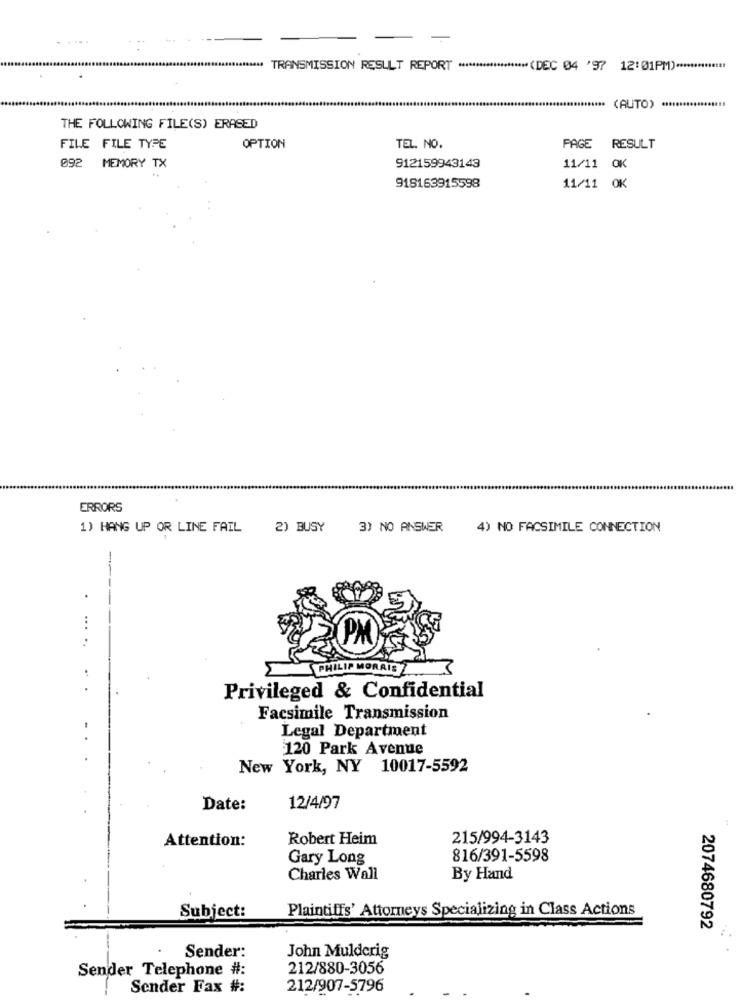
.....
. ..
TRANSMISSION RESULT REPORT ******************** (DEC 04 '97 12:01PM) ****
(AUTO)
THE FOLLOWING FILE(S) ERASED
FILE FILE TYPE
OPTION
TEL. NO.
PAGE
RESULT
092
MEMORY TX
912159943143
11/11 OK
918163915598
11/11 OK
ERRORS
1) HANG UP OR LINE FAIL
2) BUSY
3) NO ANSWER
4) NO FACSIMILE CONNECTION
-
.
... ..
PHILIP MORRIS
Privileged & Confidential
Facsimile Transmission
Legal Department
120 Park Avenue
New York, NY 10017-5592
Date:
12/4/97
Attention:
Robert Heim
215/994-3143
Gary Long
816/391-5598
Charles Wall
By Hand
Subject:
Plaintiffs' Attorneys Specializing in Class Actions
2074680792
Sender:
John Mulderig
Sender Telephone #:
212/880-3056
Sender Fax #:
212/907-5796